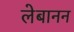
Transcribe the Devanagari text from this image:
लेबानन